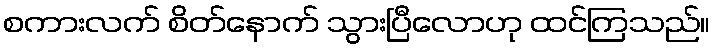
စကားလက် စိတ်နောက် သွားပြီလောဟု ထင်ကြသည်။